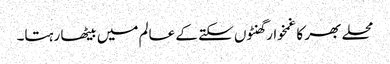
محلے بھر کا غمخوار گھنٹوں سکتے کے عالم میں بیٹھا رہتا۔